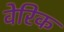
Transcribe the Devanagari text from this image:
वेरिक